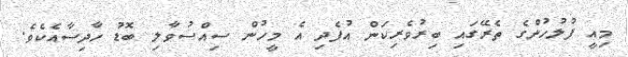
މިއީ ފުލުހުންގެ ތެރޭގައި ބިރުވެރިކަން އުފެދި އެ މީހުން ސިއްސުވާލި ބޮޑު ހާދިސާއެކެވެ.